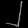
Digit: ၂